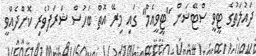
ދައުލަތުގެ ޓީވީ ސްޓޭޝަން "ޓީވީއެމް" ގައި މިރޭ އޮތް ބަހުސް ޝަރަފުވެރި ކޮށްދެއްވީ